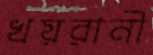
খয়রানী